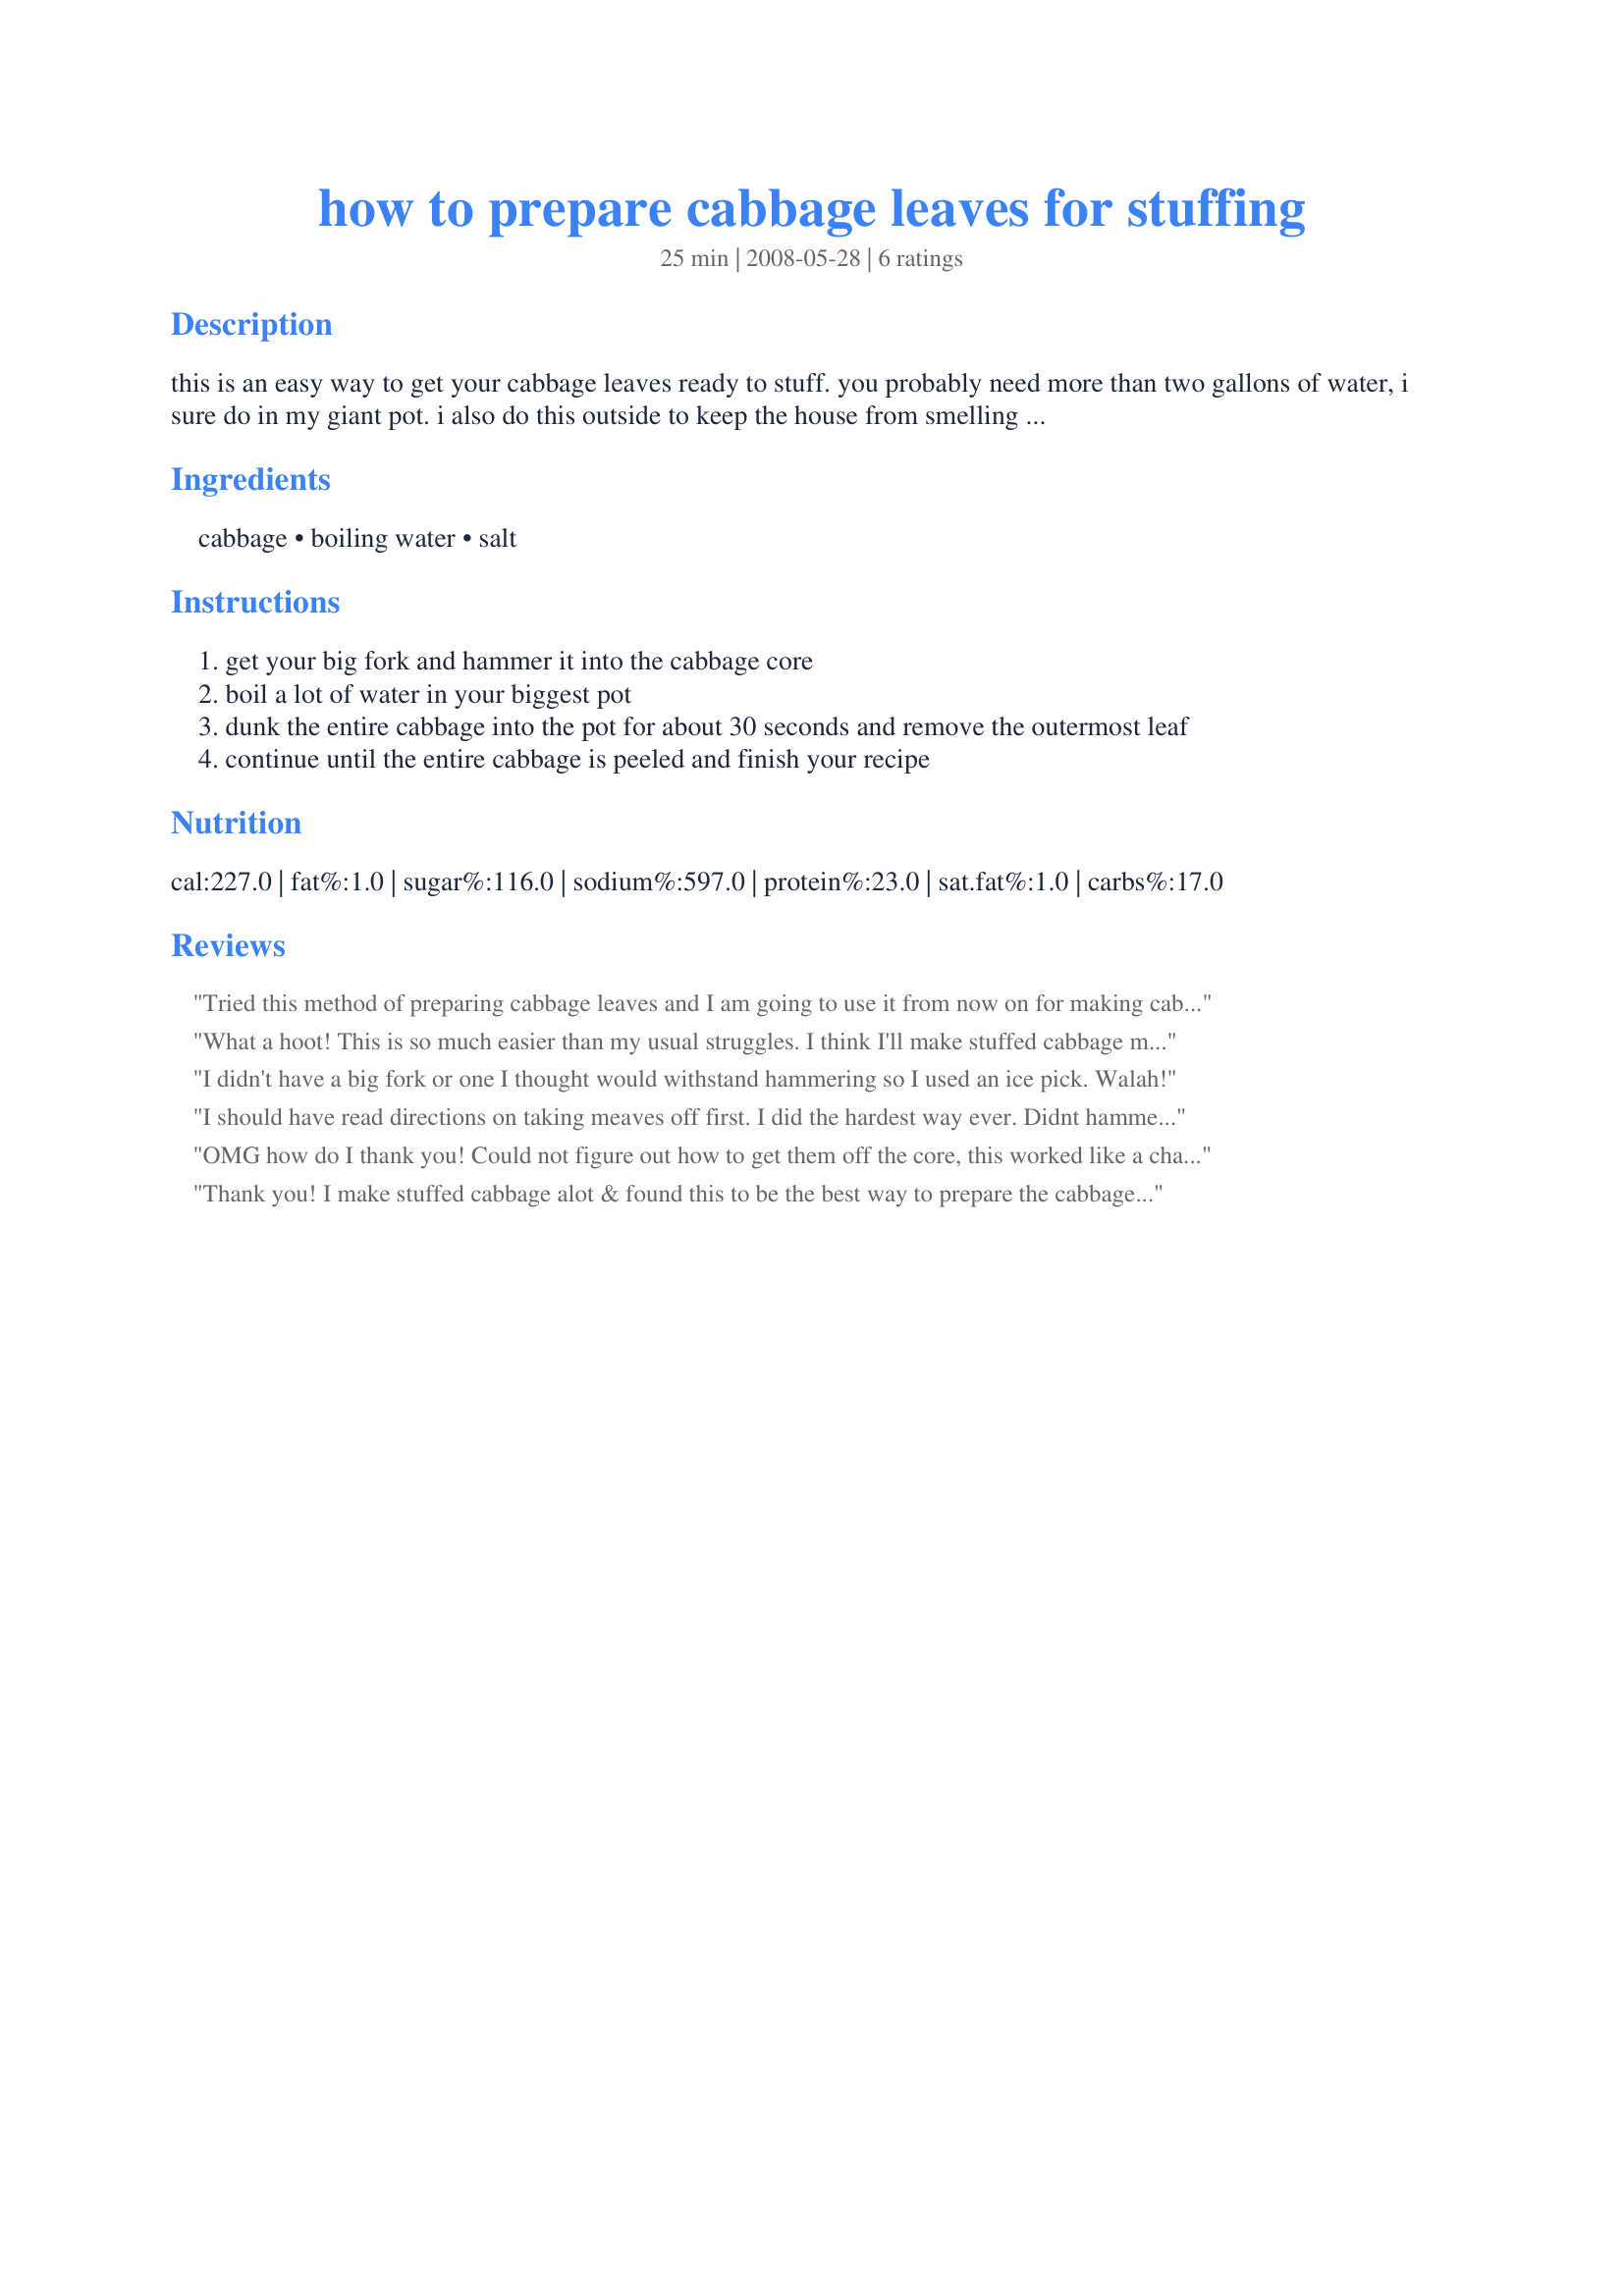
how to prepare cabbage leaves for stuffing
Preparation time: 25 minutes

this is an easy way to get your cabbage leaves ready to stuff. you probably need more than two gallons of water, i sure do in my giant pot. i also do this outside to keep the house from smelling like cabbage for days.

Ingredients:
cabbage, boiling water, salt

Steps:
get your big fork and hammer it into the cabbage core
boil a lot of water in your biggest pot
dunk the entire cabbage into the pot for about 30 seconds and remove the outermost leaf
continue until the entire cabbage is peeled and finish your recipe

Reviews:
Tried this method of preparing cabbage leaves and I am going to use it from now on for making cabbage rolls. Your method is so much easier.
What a hoot! This is so much easier than my usual struggles. I think I'll make stuffed cabbage much more often now. Thanks for this tip!
I didn't have a big fork or one I thought would withstand hammering so I used an ice pick. Walah!
I should have read directions on taking meaves off first. I did the hardest way ever. Didnt hammer through the core. Made it and jt better tutn out good. Seasoning is MUAH. Cabbage leaves kept tearjng the way I prepared. Man am I tired. I will try again but no time soon. I'll know what to next time. YEY. I am a FANTASTIC cook otherwise.
OMG how do I thank you! Could not figure out how to get them off the core, this worked like a charm! I had already de-cored but a tongs and big spoon worked too, they just kind of slide off with this method -THANK YOU!
Thank you! I make stuffed cabbage alot & found this to be the best way to prepare the cabbage leaves. Thumbs up! In the oven cookinng now as I type :)
